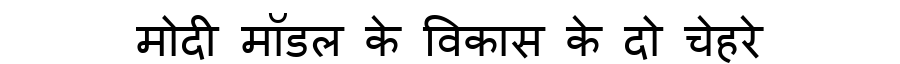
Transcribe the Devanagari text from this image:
मोदी मॉडल के विकास के दो चेहरे